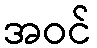
အဝင်